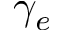
\gamma _ { e }